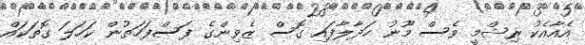
އެއާއެކު ރިޝްމީ ވެސް މޫނު ހަދާލާފައި ގޮސް ޒެވިންގެ ފަސްފަހަތުން ކަހަލަ ގޮތަކައް